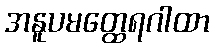
အနူပမတ္ထေရဂါထာ